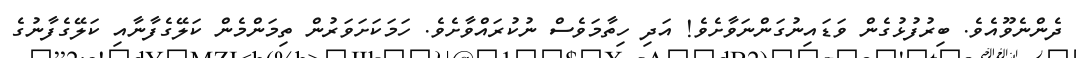
ދެންނެވޫއެވެ. ބިރުފުޅުގެން ވަޑައިނުގަންނަވާށެވެ! އަދި ހިތާމަވެސް ނުކުރައްވާށެވެ. ހަމަކަށަވަރުން ތިމަންމެން ކަލޭގެފާނާއި ކަލޭގެފާނުގެ